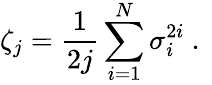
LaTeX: \zeta_{j}=\frac{1}{2j}\sum_{i=1}^{N}\sigma_{i}^{2i}\mathrm{~.~}